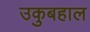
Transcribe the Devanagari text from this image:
उकुबहाल